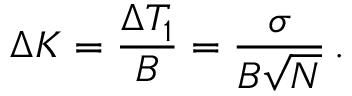
\Delta K = \frac { \Delta T _ { 1 } } { B } = \frac { \sigma } { B \sqrt { N } } \, .